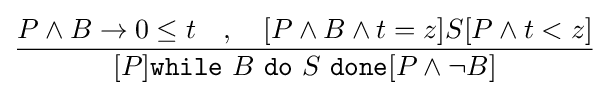
{\dfrac {P\wedge B\rightarrow 0\leq t\quad ,\quad [P\wedge B\wedge t=z]S[P\wedge t<z]}{[P]{\texttt {while}}\ B\ {\texttt {do}}\ S\ {\texttt {done}}[P\wedge \neg B]}}